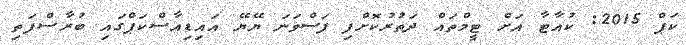
ކަޕް 2015: ކުއާޓާ އަށް ޓީމްތައް ދަތުރުކޮށްފި ފަސްވަނަ ޔޭޔޭ އައިޑިއާސްކަޕްގައި ބުރާސްފަތި